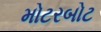
મોટરબોટ